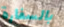
بالسفارة